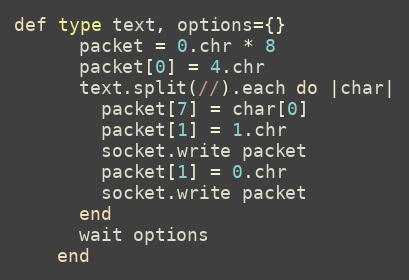
Language: Ruby
def type text, options={}
      packet = 0.chr * 8
      packet[0] = 4.chr
      text.split(//).each do |char|
        packet[7] = char[0]
        packet[1] = 1.chr
        socket.write packet
        packet[1] = 0.chr
        socket.write packet
      end
      wait options
    end